Indian journal of veterinary science and animal husbandry - Volume 10,
Year: 1940
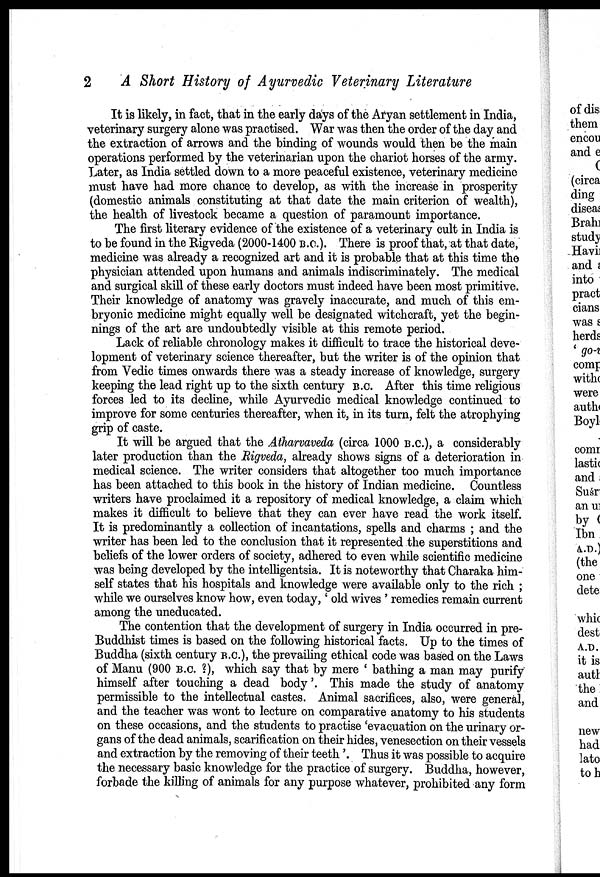
2
A Short History of Ayurvedic Veterinary Literature
It is likely, in fact, that in the early days of the Aryan settlement in India,
veterinary surgery alone was practised. War was then the order of the day and
the extraction of arrows and the binding of wounds would then be the main
operations performed by the veterinarian upon the chariot horses of the army.
Later, as India settled down to a more peaceful existence, veterinary medicine
must have had more chance to develop, as with the increase in prosperity
(domestic animals constituting at that date the main criterion of wealth),
the health of livestock became a question of paramount importance.
The first literary evidence of the existence of a veterinary cult in India is
to be found in the Rigveda (2000-1400 B.C.). There is proof that, at that date,
medicine was already a recognized art and it is probable that at this time the
physician attended upon humans and animals indiscriminately. The medical
and surgical skill of these early doctors must indeed have been most primitive.
Their knowledge of anatomy was gravely inaccurate, and much of this em-
bryonic medicine might equally well be designated witchcraft, yet the begin-
nings of the art are undoubtedly visible at this remote period.
Lack of reliable chronology makes it difficult to trace the historical deve-
lopment of veterinary science thereafter, but the writer is of the opinion that
from Vedic times onwards there was a steady increase of knowledge, surgery
keeping the lead right up to the sixth century B.C. After this time religious
forces led to its decline, while Ayurvedic medical knowledge continued to
improve for some centuries thereafter, when it, in its turn, felt the atrophying
grip of caste.
It will be argued that the Atharvaveda (circa 1000 B.C.), a considerably
later production than the Rigveda, already shows signs of a deterioration in
medical science. The writer considers that altogether too much importance
has been attached to this book in the history of Indian medicine. Countless
writers have proclaimed it a repository of medical knowledge, a claim which
makes it difficult to believe that they can ever have read the work itself.
It is predominantly a collection of incantations, spells and charms ; and the
writer has been led to the conclusion that it represented the superstitions and
beliefs of the lower orders of society, adhered to even while scientific medicine
was being developed by the intelligentsia. It is noteworthy that Charaka him-
self states that his hospitals and knowledge were available only to the rich ;
while we ourselves know how, even today,' old wives ' remedies remain current
among the uneducated.
The contention that the development of surgery in India occurred in pre¬
Buddhist times is based on the following historical facts. Up to the times of
Buddha (sixth century B.C.), the prevailing ethical code was based on the Laws
of Manu (900 B.C. ?), which say that by mere ' bathing a man may purify
himself after touching a dead body'. This made the study of anatomy
permissible to the intellectual castes. Animal sacrifices, also, were general,
and the teacher was wont to lecture on comparative anatomy to his students
on these occasions, and the students to practise 'evacuation on the urinary or-
gans of the dead animals, scarification on their hides, venesection on their vessels
and extraction by the removing of their teeth '. Thus it was possible to acquire
the necessary basic knowledge for the practice of surgery. Buddha, however,
forbade the killing of animals for any purpose whatever, prohibited any form